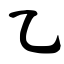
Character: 乙